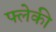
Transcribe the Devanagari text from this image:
फ्लेकी